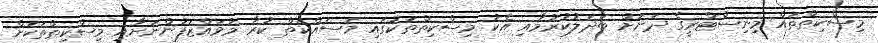
މިސްކިތްތައް މިނިސްޓްރީގެ ދަށަށް ބަދަލުކުރުމާއި އެކު މިސްކިތްތަކުގައި މަސައްކަތް ކުރާ މުވައްޒަފުންނަށާއި މިސްކިތްތަކަށް